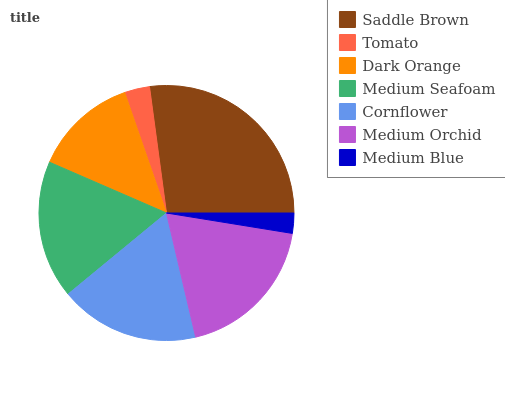
| Saddle Brown | Tomato | Dark Orange | Medium Seafoam | Cornflower | Medium Orchid | Medium Blue |
 | --- | --- | --- | --- | --- | --- | --- |
 | 27.1% | 3.19% | 13.2% | 17.5% | 17.7% | 18.8% | 2.56% |